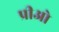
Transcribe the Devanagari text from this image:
प्रीओ